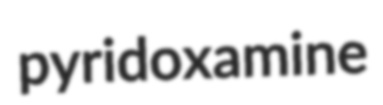
pyridoxamine